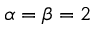
\alpha = \beta = 2